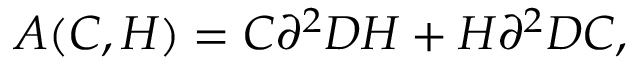
{ \cal A } ( C , H ) = C \partial ^ { 2 } D H + H \partial ^ { 2 } D C ,